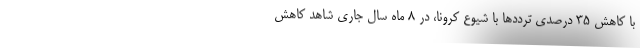
با کاهش 35 درصدی ترددها با شیوع کرونا، در 8 ماه سال جاری شاهد کاهش